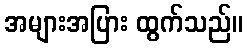
အများအပြား ထွက်သည်။